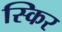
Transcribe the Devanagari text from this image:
स्किर